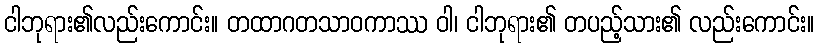
ငါဘုရား၏လည်းကောင်း။ တထာဂတသာဝကာဿ ဝါ၊ ငါဘုရား၏ တပည့်သား၏ လည်းကောင်း။